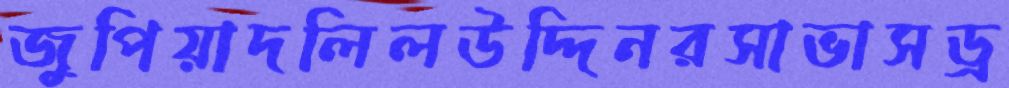
জুপিয়াদলিলউদ্দিনরসাভাসড্র